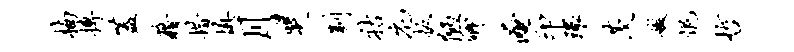
楠搏盖藉措填月哭制祜庀扳陋卿淹印环茨嫩悒哲